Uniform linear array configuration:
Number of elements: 24
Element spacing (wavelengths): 0.75
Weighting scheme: hamming
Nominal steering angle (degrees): -30
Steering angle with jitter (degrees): -30.571
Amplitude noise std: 0.05
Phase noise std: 0.05

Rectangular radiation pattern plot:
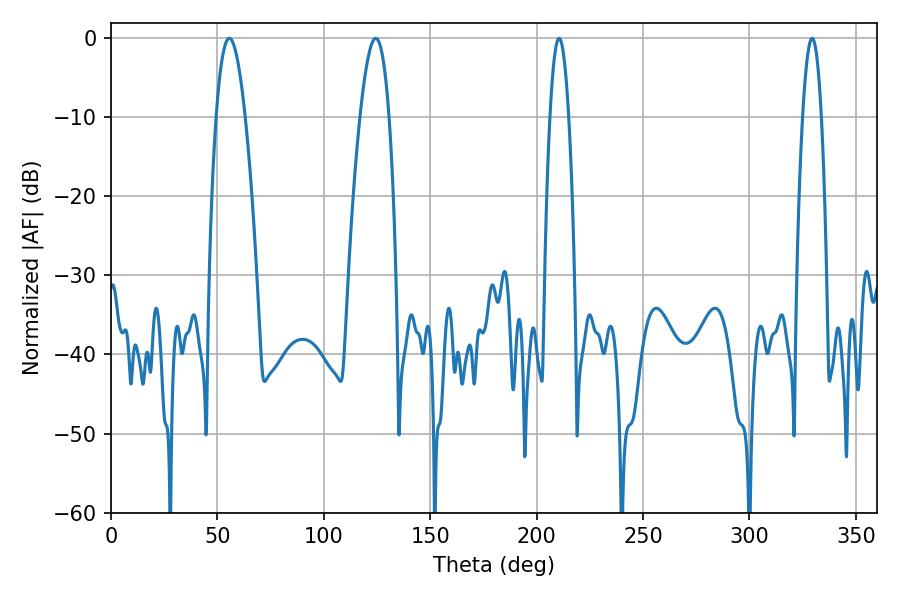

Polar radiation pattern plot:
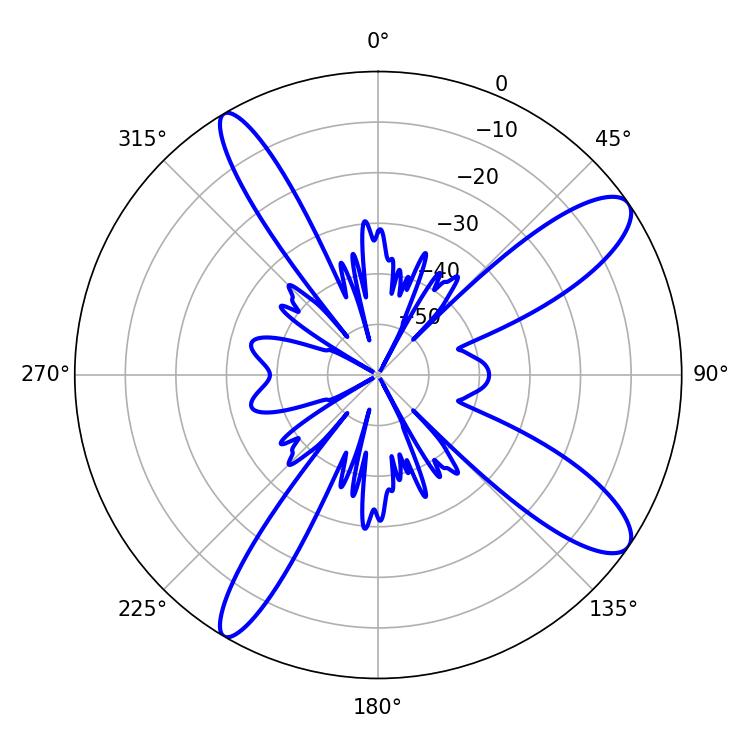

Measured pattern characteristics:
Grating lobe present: TRUE
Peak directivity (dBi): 11.551
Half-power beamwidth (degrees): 7.56
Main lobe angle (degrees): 55.62